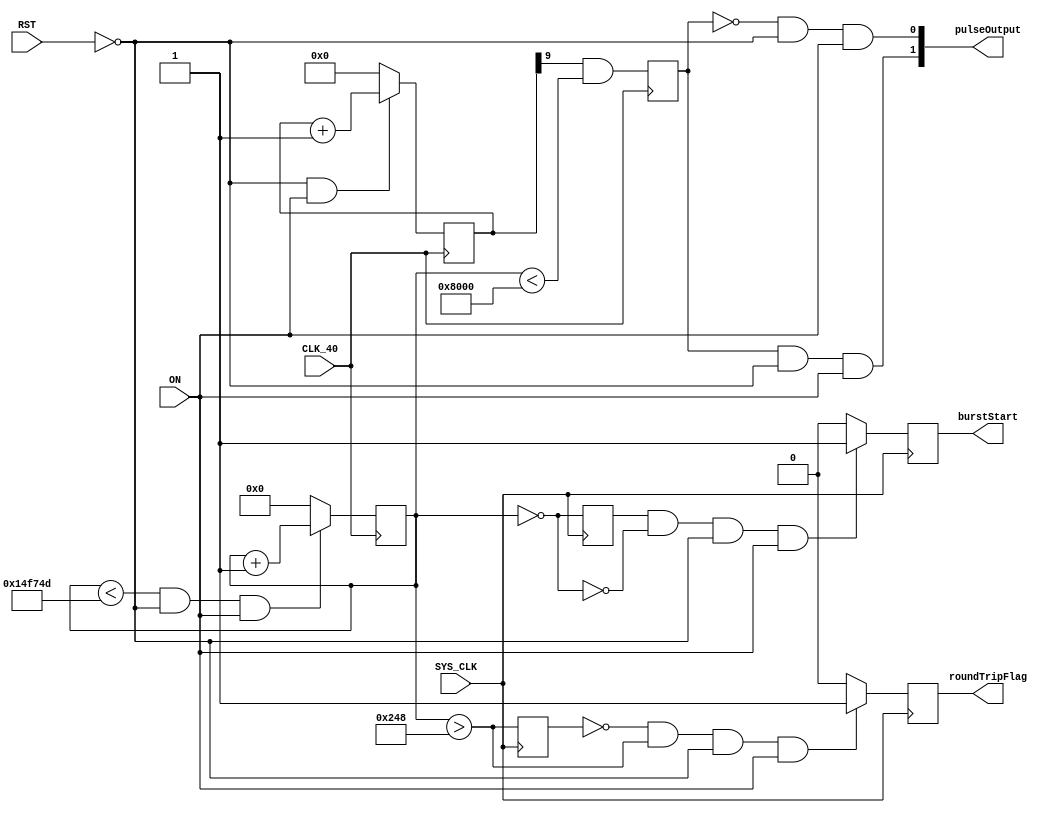
module ultrasonicTransmitter (
	input 			SYS_CLK,
	input 			CLK_40,
	input 			RST, ON,

	output reg		burstStart,
	output reg		roundTripFlag,
	output [1:0] 	pulseOutput
);

	// Generate 40.21139746kHz pulse for the Ultrasonic Transmitter:
	reg [9:0] usonic;
	always @(posedge CLK_40)
		usonic <= ~RST & ON ? usonic + 1 : 0;
		
	// Generate a burst of 32 pulses, then wait approx 33ms:
	localparam burst32 			= 32768;			// burst amount * 2^10;
	localparam wait33ms 			= 1350000;
	localparam wait32_5735ms 	= 1341261;
	reg [20:0] counter_burst;
	reg usonicpulse;
	always @(posedge CLK_40) begin	
		counter_burst <= (counter_burst < (burst32 + wait32_5735ms)) & ~RST & ON ? counter_burst + 1 : 0;
		usonicpulse <= usonic[9] & (counter_burst < burst32);
	end		
	
	// Output pulse to H-Bridge:
	assign pulseOutput = {usonicpulse & ~RST & ON, ~usonicpulse & ~RST & ON};
	
	// Burst started at negedge of counter_burst, i.e., counter_burst increments:
	wire START_SIGNAL;
		assign START_SIGNAL = (counter_burst == 0);
	
	// Restart timer for new burst, to do single target detection:
	reg startPREV;
	always @(posedge SYS_CLK) begin
		startPREV 	<= START_SIGNAL;
		burstStart 	<= startPREV & ~START_SIGNAL & ~RST & ON ? 1 : 0;	
	end
	
	// Desired range of system is 2m. Giving the signal up to 5m of flight time (2.5m range):
	wire ROUNDTRIP;
		assign ROUNDTRIP = (counter_burst > 584);
		
	reg roundTripPREV;
	always @(posedge SYS_CLK) begin
		roundTripPREV 	<= ROUNDTRIP;
		roundTripFlag 	<= ~roundTripPREV & ROUNDTRIP & ~RST & ON ? 1 : 0;
	end
	
endmodule